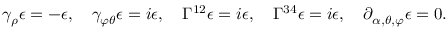
\gamma _ { \rho } \epsilon = - \epsilon , \quad \gamma _ { \varphi \theta } \epsilon = i \epsilon , \quad \Gamma ^ { 1 2 } \epsilon = i \epsilon , \quad \Gamma ^ { 3 4 } \epsilon = i \epsilon , \quad \partial _ { \alpha , \theta , \varphi } \epsilon = 0 .